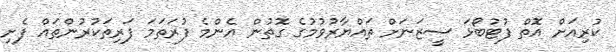
ކުރިއަށް އޮތް ފުޓުބޯޅަ ސީޒަނަށް ތައްޔާރުވުމުގެ ގޮތުން އެންމެ ފުރަތަމަ ފަރިތަކުރުންތައް ފެށި